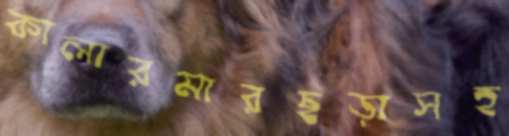
কালারমারছড়াসহ